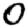
Digit: 0